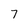
Character: 7